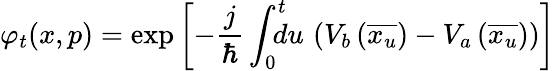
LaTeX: \varphi_{t}(x,p)=\exp\left[-\frac{j}{\hbar}\int_{0}^{t}\! \! \! \! du\, \left(V_{b}\left(\overline{{x_{u}}}\right)-V_{a}\left(\overline{{x_{u}}}\right)\right)\right]